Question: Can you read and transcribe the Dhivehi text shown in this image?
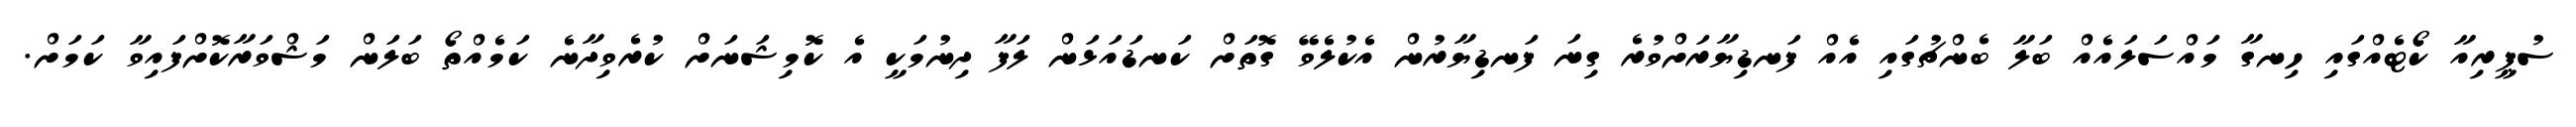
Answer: ސުޕީރިއާ ކޯޓެއްގައި ހިނގާ މައްސަލައެއް ބަލާ ބެންޗުގައި އެއް ފަނޑިޔާރަށްވުރެ ގިނަ ފަނޑިޔާރުން އެކުލެވޭ ގޮތަށް ކަނޑައަޅަން ލަފާ ދިނުމަކީ އެ ކޮމިޝަނަށް ކުރެވިދާނެ ކަމެއްތޯ ބަލަން މަޝްވަރާކޮށްފައިވާ ކަމަށް.